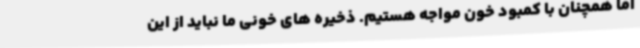
اما همچنان با کمبود خون مواجه هستیم. ذخیره های خونی ما نباید از این